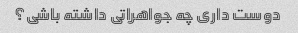
دوست داری چه جواهراتی داشته باشی؟